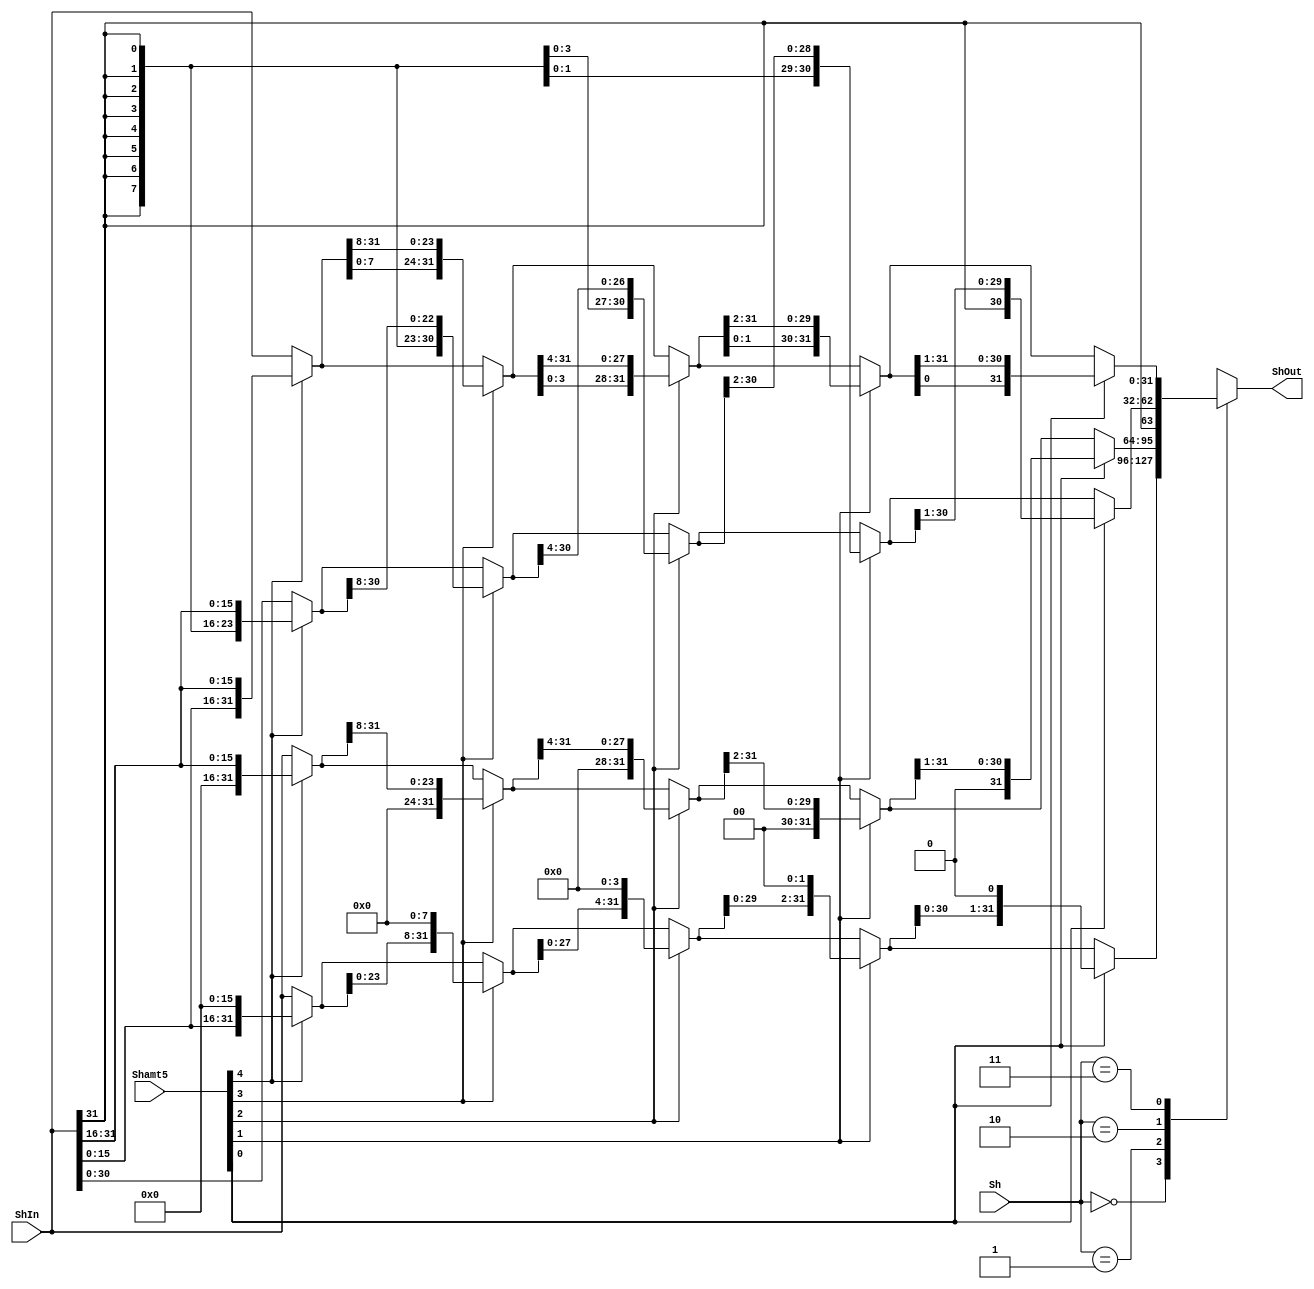
module Shifter(
    input [1:0] Sh,//
    input [4:0] Shamt5,//
    input [31:0] ShIn,//
    
    output reg [31:0] ShOut
    );
    wire [31:0] LR16,LR8,LR4,LR2,LR1;
    wire [31:0] LL16,LL8,LL4,LL2,LL1;
    wire [31:0] ASR16,ASR8,ASR4,ASR2,ASR1;
    wire [31:0] ROR16,ROR8,ROR4,ROR2,ROR1;
    
    assign LR16 = Shamt5[4] ? {16'd0, ShIn[31:16]}:(ShIn);
    assign LR8 = Shamt5[3] ? {8'd0, LR16[31:8]}:(LR16);
    assign LR4 = Shamt5[2] ? {4'd0, LR8[31:4]}:(LR8);
    assign LR2 = Shamt5[1] ? {2'd0, LR4[31:2]}:(LR4);
    assign LR1 = Shamt5[0] ? {1'd0, LR2[31:1]}:(LR2);
    
    assign LL16 = Shamt5[4] ? {ShIn[15:0],16'b0} : (ShIn);
    assign LL8 = Shamt5[3] ? {LL16[23:0],8'b0} : (LL16);
    assign LL4 = Shamt5[2] ? {LL8[27:0],4'b0} : (LL8);
    assign LL2 = Shamt5[1] ? {LL4[29:0],2'b0} : (LL4);
    assign LL1 = Shamt5[0] ? {LL2[30:0],1'b0} : (LL2);
   
    assign ASR16 = Shamt5[4] ? {{16{ShIn[31]}}, ShIn[31:16]} : (ShIn);
    assign ASR8 = Shamt5[3] ? {{8{ShIn[31]}},ASR16[31:8]}:(ASR16);
    assign ASR4 = Shamt5[2] ? {{4{ShIn[31]}},ASR8[31:4]}:(ASR8);
    assign ASR2 = Shamt5[1] ? {{2{ShIn[31]}},ASR4[31:2]}:(ASR4);
    assign ASR1 = Shamt5[0] ? {{ShIn[31]},ASR2[31:1]}:(ASR2);
    
    assign ROR16 = Shamt5[4] ? {ShIn[15:0], ShIn[31:16]} : (ShIn);
    assign ROR8 = Shamt5[3] ? {ROR16[7:0], ROR16[31:8]}:(ROR16);
    assign ROR4 = Shamt5[2] ? {ROR8[3:0], ROR8[31:4]}:(ROR8);
    assign ROR2 = Shamt5[1] ? {ROR4[1:0],ROR4[31:2]}:(ROR4);
    assign ROR1 = Shamt5[0] ? {ROR2[0],ROR2[31:1]}:(ROR2);
    
    always@(*) begin
        case(Sh)
            2'b00:
                begin
                 ShOut = LL1;
                end
            2'b01:
                begin
                ShOut = LR1;
                end
            2'b10:
                begin
                ShOut = ASR1;
                end
            2'b11:
                begin
                ShOut = ROR1;
                end
            default:
                begin
                ShOut = ShIn;
                end
        endcase
    end
   
endmodule